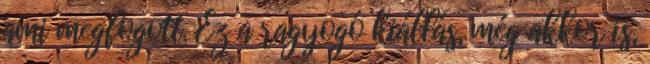
ami megfogott. Ez a ragyogó kiállás, még akkor is,